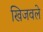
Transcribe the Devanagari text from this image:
खिजवले